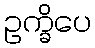
ဥက္ခိပေ